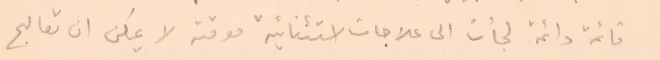
قائمة دائمة لجأت الى علاجات استثنائية موقته لا يمكن ان تعالج